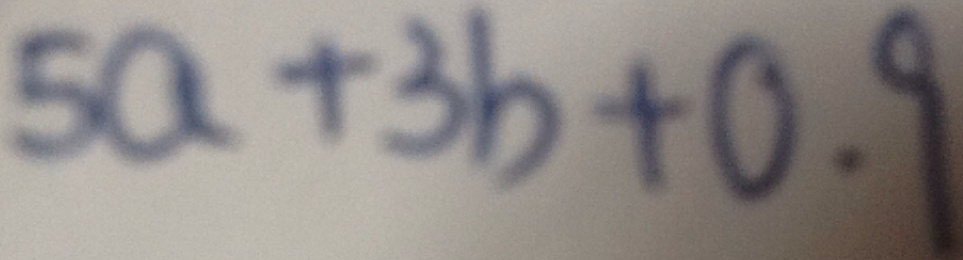
5 a + 3 b + 0 . 9